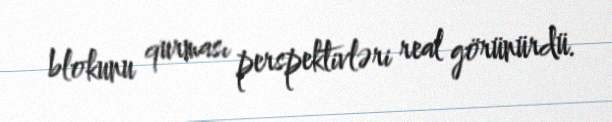
blokunu qurması perspektivləri real görünürdü.